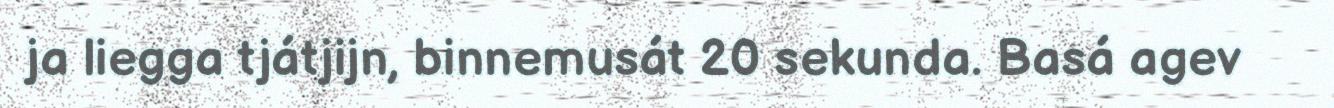
ja liegga tjátjijn, binnemusát 20 sekunda. Basá agev